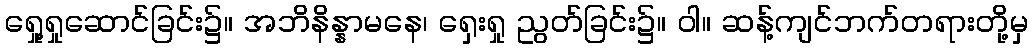
ရှေု့ရှုဆောင်ခြင်း၌။ အဘိနိန္နာမနေ၊ ရှေးရှု ညွတ်ခြင်း၌။ ဝါ။ ဆန့်ကျင်ဘက်တရားတို့မှ